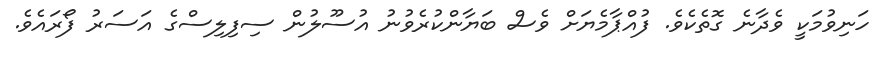
ހަނިވުމަކީ ވެދާނެ ގޮތެކެވެ. ފުއްޕާމެޔަށް ވެސް ބަޔާންކުރެވުނު އުސޫލުން ސިފިލިސްގެ އަސަރު ފޯރައެވެ.